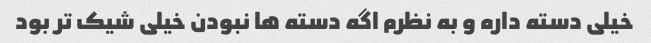
خیلی دسته داره و به نظرم اگه دسته ها نبودن خیلی شیک تر بود